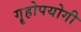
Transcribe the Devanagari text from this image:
गॄहोपयोगी